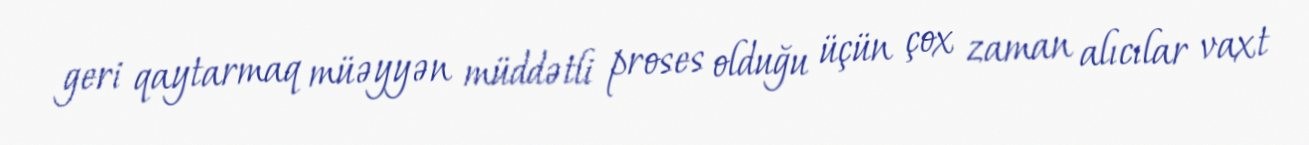
geri qaytarmaq müəyyən müddətli proses olduğu üçün çox zaman alıcılar vaxt